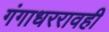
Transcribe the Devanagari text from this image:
गंगाधररावही